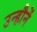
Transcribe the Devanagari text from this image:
उन्हौनें